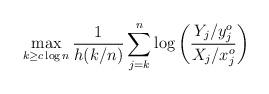
LaTeX: \begin{align*} \max_{k \ge c \log n } \frac{1}{h(k/n)} \sum_{j = k}^n \log \left( \frac{Y_j/y_j^o}{X_j/ x_j^o } \right) \end{align*}